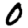
Digit: 0